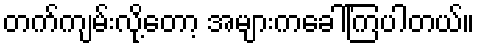
တက်ကျမ်းလို့တော့ အများကခေါ်ကြပါတယ်။